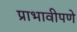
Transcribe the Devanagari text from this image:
प्राभावीपणे